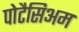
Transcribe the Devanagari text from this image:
पोटैसिअम